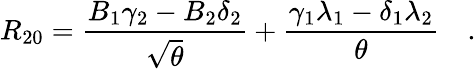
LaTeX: R_{20}={\frac{B_{1}\gamma_{2}-B_{2}\delta_{2}}{\sqrt{\theta}}}+{\frac{\gamma_{1}\lambda_{1}-\delta_{1}\lambda_{2}}{\theta}}\quad.